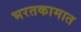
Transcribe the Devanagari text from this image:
भरतकामात